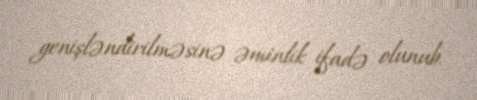
genişləndirilməsinə əminlik ifadə olunub.